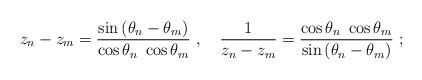
LaTeX: \begin{align*}z_{n}-z_{m}=\frac{\sin \left( \theta _{n}-\theta _{m}\right) }{\cos \theta_{n}~\cos \theta _{m}}~,~~~\frac{1}{z_{n}-z_{m}}=\frac{\cos \theta _{n}~\cos\theta _{m}}{\sin \left( \theta _{n}-\theta _{m}\right) }~;\end{align*}